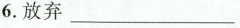
6.放弃___